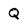
Character: Q